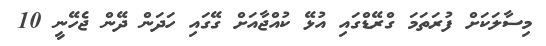
މިސާލަކަށް ފުރަތަމަ ގްރޭޑްގައި އުޅޭ ކުއްޖާއަށް ގޭގައި ހަދަން ދޭން ޖެހޭނީ 10